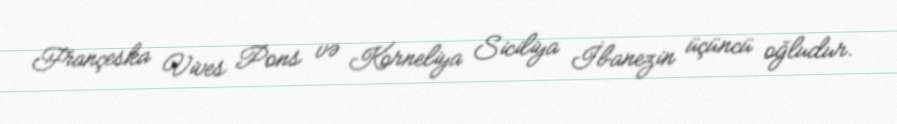
Françeska Vives Pons və Korneliya Siciliya İbanezin üçüncü oğludur.